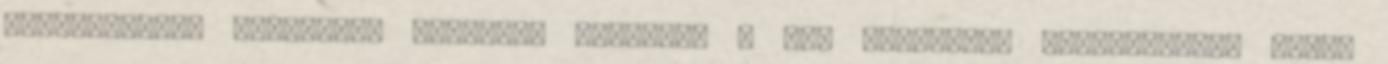
ártatlanként hordozott bűnhődés poklától a még teljesebb katasztrófák sötét